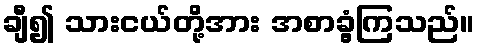
ချီ၍ သားငယ်တို့အား အစာခွံ့ကြသည်။